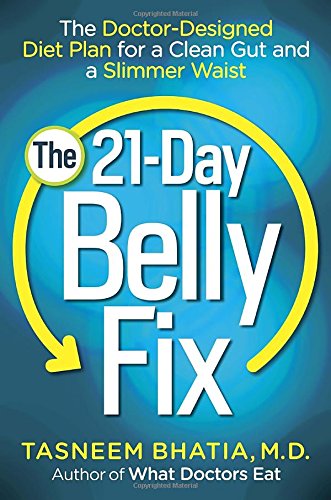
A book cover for The 21-Day Belly Fix: The Doctor-Designed Diet Plan for a Clean Gut and a Slimmer Waist; Dr. Tasneem Bhatia; Health, Fitness & Dieting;